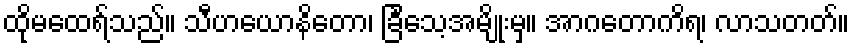
ထိုမထေရ်သည်။ သီဟယောနိတော၊ ခြင်္သေ့အမျိုးမှ။ အာဂတောကိရ၊ လာသတတ်။